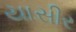
યાસીર